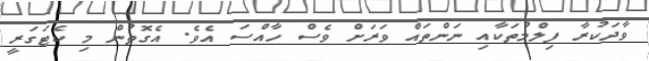
ވާދަކުރާ ފިލްމުތަކާއި ނަންތައް ވަރަށް ވެސް ހާއްސަ އެވެ. އެގޮތުން މި ކެޓަގަރީ